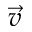
\vec { v }